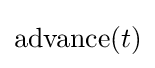
{\textrm {advance}}(t)